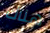
هناك